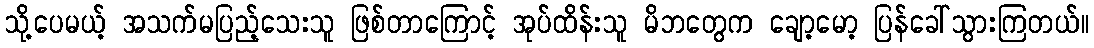
သို့ပေမယ့် အသက်မပြည့်သေးသူ ဖြစ်တာကြောင့် အုပ်ထိန်းသူ မိဘတွေက ချော့မော့ ပြန်ခေါ်သွားကြတယ်။